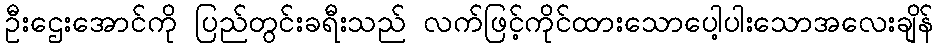
ဦးဌေးအောင်ကို ပြည်တွင်းခရီးသည် လက်ဖြင့်ကိုင်ထားသောပေါ့ပါးသောအလေးချိန်